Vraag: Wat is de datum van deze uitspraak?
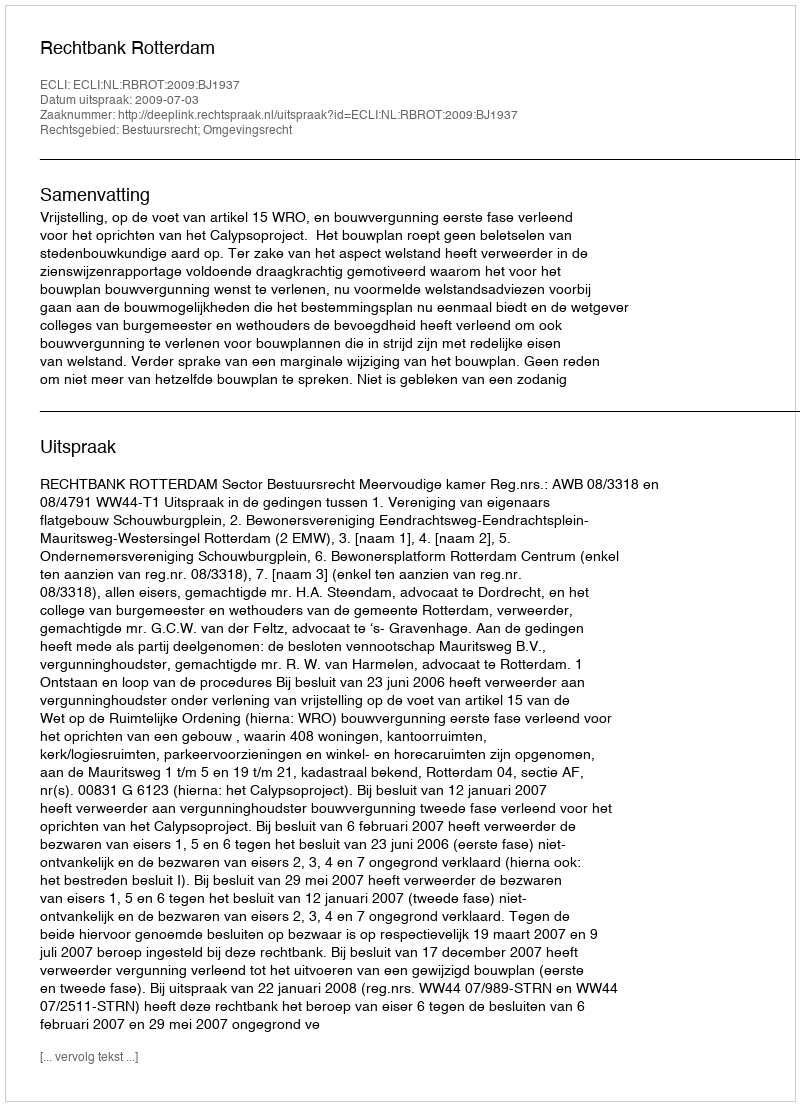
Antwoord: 2009-07-03